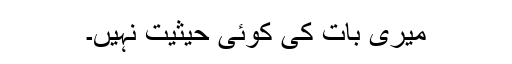
میری بات کی کوئی حیثیت نہیں۔